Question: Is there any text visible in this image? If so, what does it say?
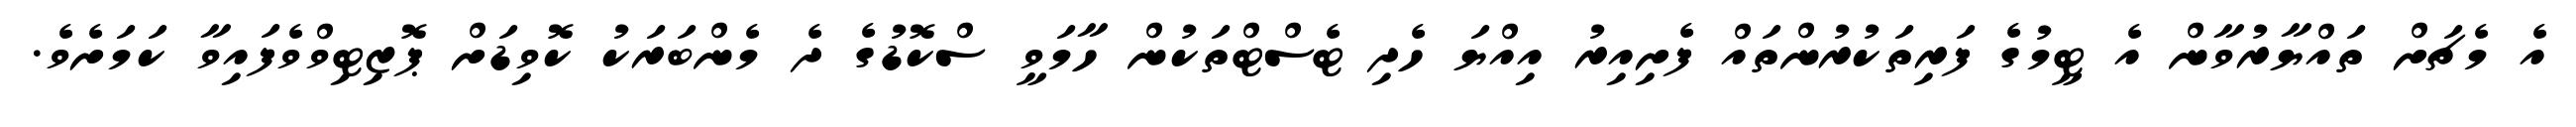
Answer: އެ މެޗަށް ތައްޔާރުވާން އެ ޓީމުގެ ފަރިތަކުރުންތައް ފެށިއިރު އިއްޔަ ހެދި ޓެސްޓްތަކުން ހާމަވީ ސްކޮޑުގެ ދެ މެންބަރަކު ކޮވިޑަށް ޕޮޒިޓިވްވެފައިވާ ކަމަށެވެ.